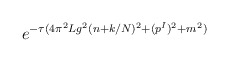
\begin{align*}e^{-\tau (4\pi^2Lg^2(n+k/N)^2+(p^I)^2+m^2)}\end{align*}